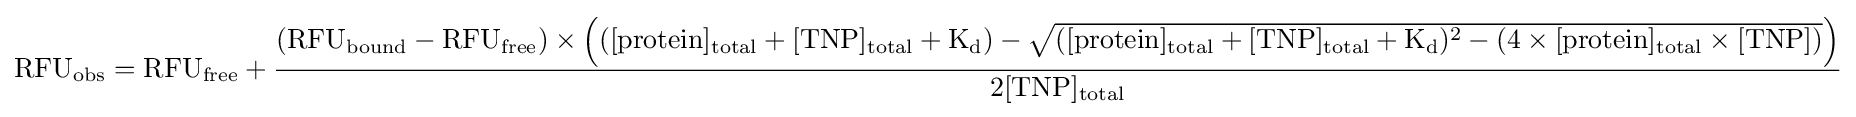
\mathrm {RFU_{obs}} =\mathrm {RFU_{free}} +{\frac {(\mathrm {RFU_{bound}} -\mathrm {RFU_{free}} )\times \left((\mathrm {[protein]_{total}} +\mathrm {[TNP]_{total}} +\mathrm {K_{d}} )-{\sqrt {(\mathrm {[protein]_{total}} +\mathrm {[TNP]_{total}} +\mathrm {K_{d}} )^{2}-(4\times \mathrm {[protein]_{total}} \times \mathrm {[TNP]} )}}\right)}{2\mathrm {[TNP]_{total}} }}